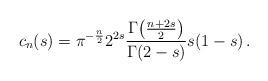
LaTeX: \begin{align*}c_n(s) = \pi^{-\frac{n}{2}} 2^{2s} \frac{\Gamma\bigl(\frac{n+2s}{2}\bigr)}{\Gamma(2-s)} s(1-s)\,.\end{align*}